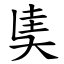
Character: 奊